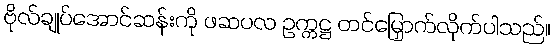
ဗိုလ်ချုပ်အောင်ဆန်းကို ဖဆပလ ဥက္ကဋ္ဌ တင်မြှောက်လိုက်ပါသည်။